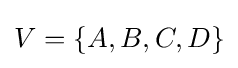
V=\{A,B,C,D\}